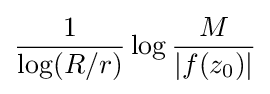
{\frac {1}{\log(R/r)}}\log {\frac {M}{|f(z_{0})|}}